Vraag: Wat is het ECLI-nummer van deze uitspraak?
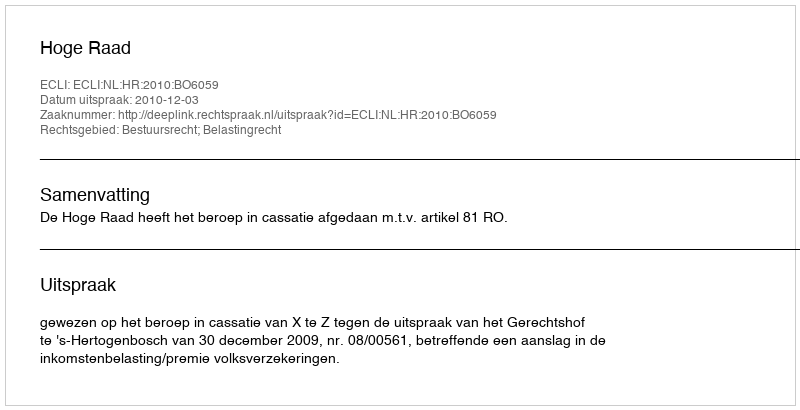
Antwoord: ECLI:NL:HR:2010:BO6059